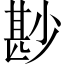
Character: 尠